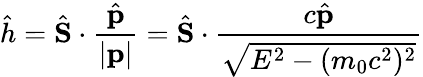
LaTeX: {\hat{h}}={\hat{\mathbf{S}}}\cdot{\frac{\hat{\mathbf{p}}}{|\mathbf{p}|}}={\hat{\mathbf{S}}}\cdot{\frac{c{\hat{\mathbf{p}}}}{\sqrt{E^{2}-(m_{0}c^{2})^{2}}}}